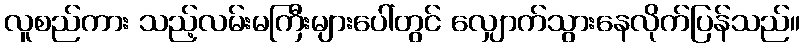
လူစည်ကား သည့်လမ်းမကြီးများပေါ်တွင် လျှောက်သွားနေလိုက်ပြန်သည်။